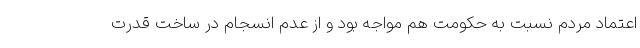
اعتماد مردم نسبت به حکومت هم مواجه بود و از عدم انسجام در ساخت قدرت